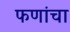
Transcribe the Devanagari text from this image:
फणांचा